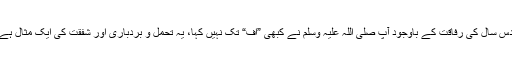
دس سال کی رفاقت کے باوجود آپ صلی اللہ علیہ وسلم نے کبھی ”اف“ تک نہیں کہا، یہ تحمل و بردباری اور شفقت کی ایک مثال ہے۔